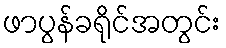
ဖာပွန်ခရိုင်အတွင်း